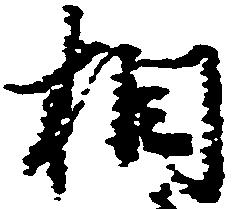
相